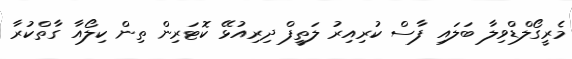
މެރީގޯލްޑްވިލާ ބަލައި ފާސް ކުރިއިރު ލަތީފް ދިރިއުޅޭ ކޮޓަރިން ތިން ކިލޯއާ ގާތްކުރާ